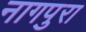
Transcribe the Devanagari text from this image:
नागपुरा